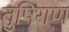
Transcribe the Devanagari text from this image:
तुषिगण